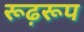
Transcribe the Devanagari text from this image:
रूढ़रूप